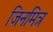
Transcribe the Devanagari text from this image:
जिनमित्र